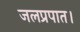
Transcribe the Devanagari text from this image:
जलप्रपात।